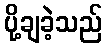
ပို့ချခဲ့သည်